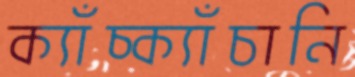
ক্যাঁচ্‌ক্যাঁচানি